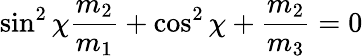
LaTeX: \sin^{2}\chi\frac{m_{2}}{m_{1}}+\cos^{2}\chi+\frac{m_{2}}{m_{3}}=0